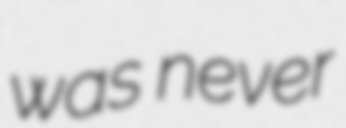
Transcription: was never